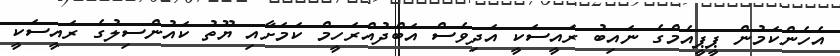
އެހެންކަމުން ޕީޕީއެމްގެ ނައިބު ރައީސަކީ އަދިވެސް އަބްދުއްރަހީމް ކަމަށާއި ޔޫތު ކައުންސިލުގެ ރައީސަކީ